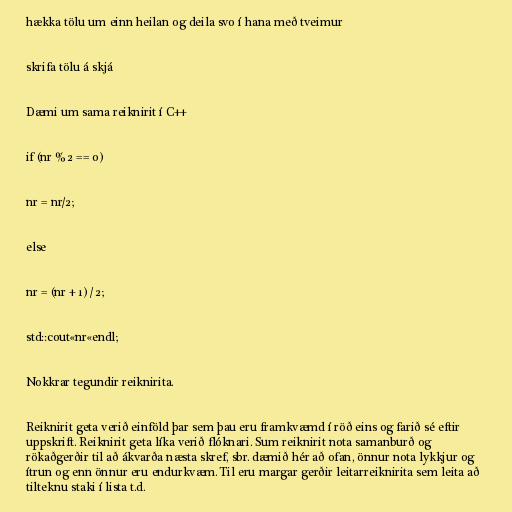
hækka tölu um einn heilan og deila svo í hana með tveimur

skrifa tölu á skjá

Dæmi um sama reiknirit í C++

if (nr % 2 == 0)

nr = nr/2;

else

nr = (nr + 1) / 2;

std::cout«nr«endl;

Nokkrar tegundir reiknirita.

Reiknirit geta verið einföld þar sem þau eru framkvæmd í röð eins og farið sé eftir
uppskrift. Reiknirit geta líka verið flóknari. Sum reiknirit nota samanburð og
rökaðgerðir til að ákvarða næsta skref, sbr. dæmið hér að ofan, önnur nota lykkjur og
ítrun og enn önnur eru endurkvæm. Til eru margar gerðir leitarreiknirita sem leita að
tilteknu staki í lista t.d.